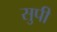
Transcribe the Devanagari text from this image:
सुपी